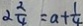
2 \frac { 2 } { 4 } = a + \frac { 1 } { 4 }